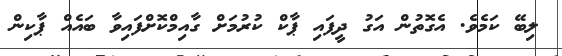
ލިބޭ ކަމެވެ. އެގޮތުން އަގު ދީފައި ޕާކް ކުރުމަށް ގާއިމްކޮށްފައިވާ ބައެއް ޕާކިން